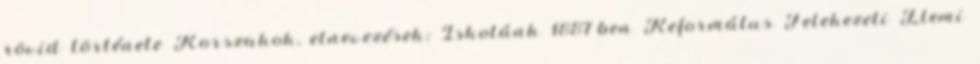
rövid története Korszakok, elnevezések: Iskolánk 1887-ben Református Felekezeti Elemi